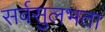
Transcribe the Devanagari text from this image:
सर्वसुलभता